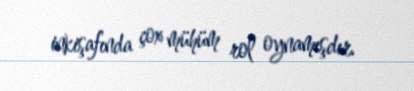
inkişafında çox mühüm rol oynamışdır.